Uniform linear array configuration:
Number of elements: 4
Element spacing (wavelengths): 1
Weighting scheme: cosine
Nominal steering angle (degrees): -15
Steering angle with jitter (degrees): -14.737
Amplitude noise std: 0.05
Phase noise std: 0.05

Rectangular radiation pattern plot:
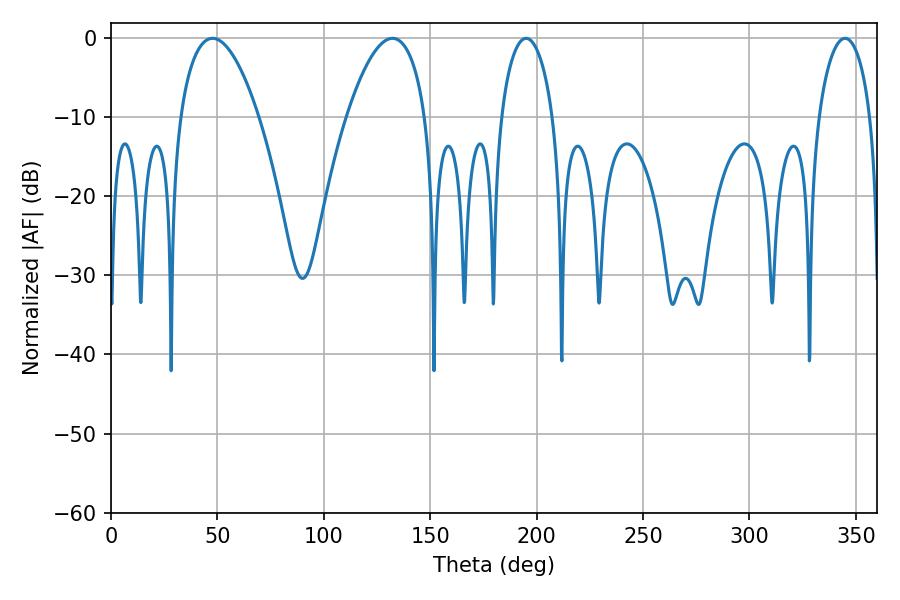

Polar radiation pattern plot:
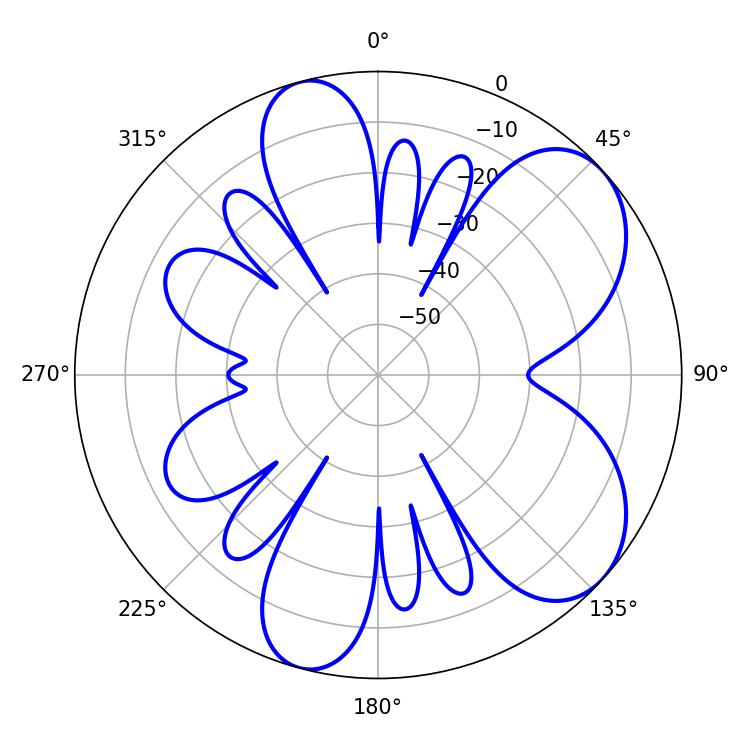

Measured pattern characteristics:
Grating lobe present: TRUE
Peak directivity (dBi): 6.817
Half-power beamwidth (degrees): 20.52
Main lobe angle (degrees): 47.7